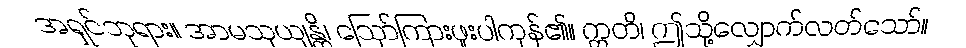
အရှင်ဘုရား။ အာမသုယျန္တိ၊ ဩော်ကြားဖူးပါကုန်၏။ ဣတိ၊ ဤသို့လျှောက်လတ်သော်။